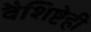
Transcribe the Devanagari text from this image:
वैशिष्टेही